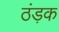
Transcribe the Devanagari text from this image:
ठंड़क